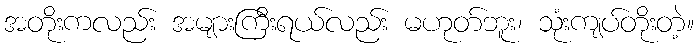
အတိုးကလည်း အများကြီးရယ်လည်း မဟုတ်ဘူး၊ သုံးကျပ်တိုးတဲ့။